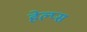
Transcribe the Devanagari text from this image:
हेल्प्स